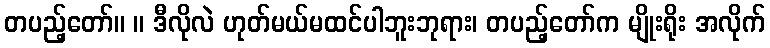
တပည့်တော်။ ။ ဒီလိုလဲ ဟုတ်မယ်မထင်ပါဘူးဘုရား၊ တပည့်တော်က မျိုးရိုး အလိုက်